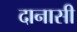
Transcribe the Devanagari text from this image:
दानासी